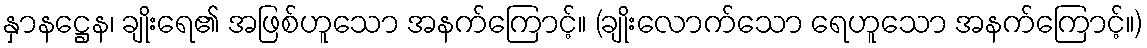
နှာနဋ္ဌေန၊ ချိုးရေ၏ အဖြစ်ဟူသော အနက်ကြောင့်။ (ချိုးလောက်သော ရေဟူသော အနက်ကြောင့်။)